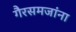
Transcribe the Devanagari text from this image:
गैरसमजांना